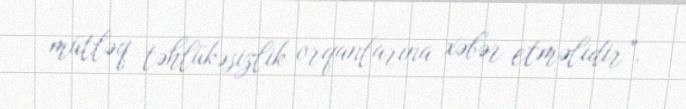
mütləq təhlükəsizlik orqanlarına xəbər etməlidir”.